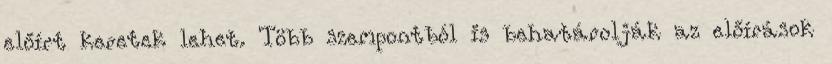
előírt keretek lehet. Több szempontból is behatárolják az előírások